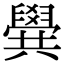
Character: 𠔹